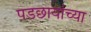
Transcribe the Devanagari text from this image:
पडछायांच्या